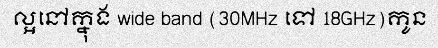
ល្អនៅក្នុង wide band (30MHz ទៅ 18GHz)កូន